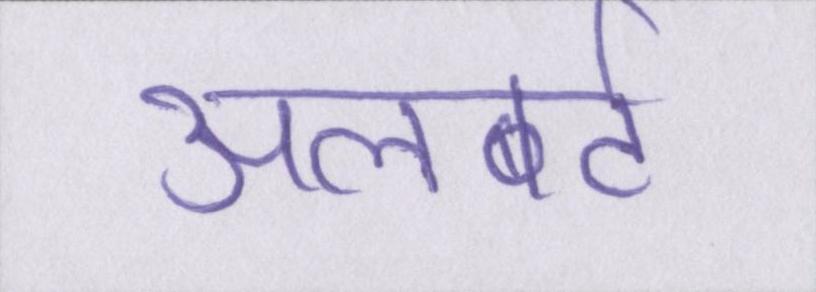
अलबर्ट